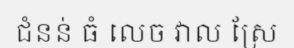
ជំនន់ ធំ លេច វាល ស្រែ